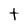
Character: t